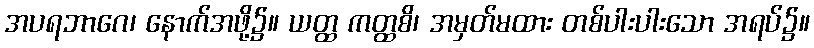
အပရဘာဂေ၊ နောက်အဖို့၌။ ယတ္ထ ကတ္ထစိ၊ အမှတ်မထား တစ်ပါးပါးသော အရပ်၌။